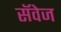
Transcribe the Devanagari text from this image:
सॅवेज